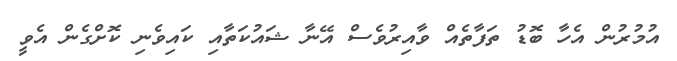
އުމުރުން އެހާ ބޮޑު ތަފާތެއް ވާއިރުވެސް އޭނާ ޝައުކަތާއި ކައިވެނި ކޮށްގެން އެވީ